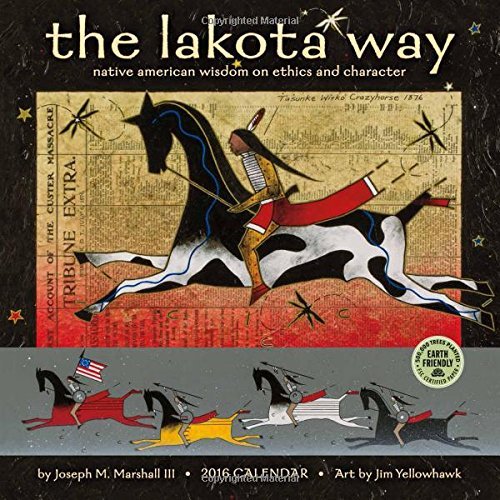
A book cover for The Lakota Way 2016 Wall Calendar: Native American Wisdom on Ethics and Character by Joseph M. Marshall III (July 22,2015); Joseph M. Marshall III;Jim Yellowhawk;Amber Lotus Publishing; Calendars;